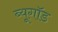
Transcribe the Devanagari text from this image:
ब्यूगॉड